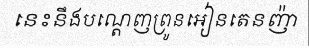
នេះនឹងបណ្តេញព្រូនអៀនតេនញ៉ា